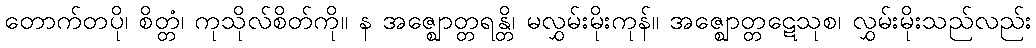
တောက်တပို၊ စိတ္တံ၊ ကုသိုလ်စိတ်ကို။ န အဇ္ဈောတ္တရန္တိ၊ မလွှမ်းမိုးကုန်။ အဇ္ဈောတ္တဋေသုစ၊ လွှမ်းမိုးသည်လည်း